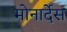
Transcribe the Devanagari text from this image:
मोनार्देस